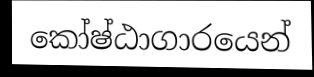
කෝෂ්ඨාගාරයෙන්